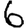
Digit: 6